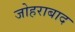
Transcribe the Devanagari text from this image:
जोहराबाद